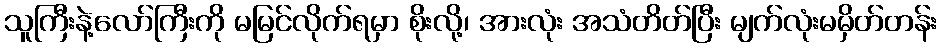
သူကြီးနဲ့လော်ကြီးကို မမြင်လိုက်ရမှာ စိုးလို့၊ အားလုံး အသံတိတ်ပြီး မျက်လုံးမမှိတ်တန်း